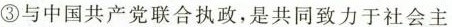
③与中国共产党联合执政，是共同致力于社会主